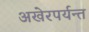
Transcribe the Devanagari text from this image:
अखेरपर्यन्त